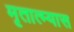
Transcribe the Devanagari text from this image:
मृतात्म्यास